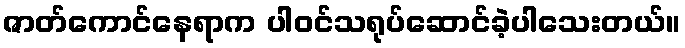
ဇာတ်ကောင်နေရာက ပါဝင်သရုပ်ဆောင်ခဲ့ပါသေးတယ်။